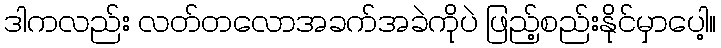
ဒါကလည်း လတ်တလောအခက်အခဲကိုပဲ ဖြည့်စည်းနိုင်မှာပေါ့။